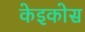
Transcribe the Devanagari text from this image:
केइकोस